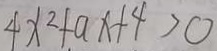
4 x ^ { 2 } + a x + 4 > 0